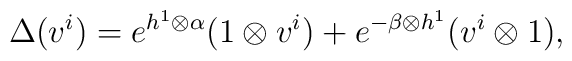
\Delta (v^{i}) = e^{h^{1} \otimes \alpha}(1 \otimes v^{i})+  e^{- \beta \otimes h^{1}}( v^{i} \otimes 1),